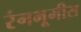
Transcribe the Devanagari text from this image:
रंगभूमीस